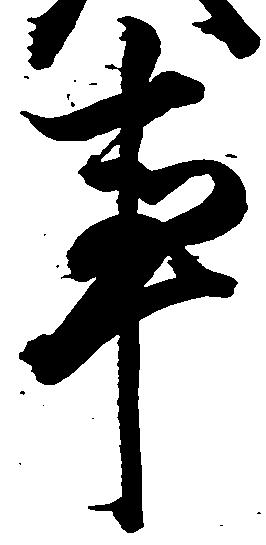
事